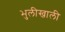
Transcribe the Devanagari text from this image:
भुलीखाली